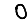
Digit: 0